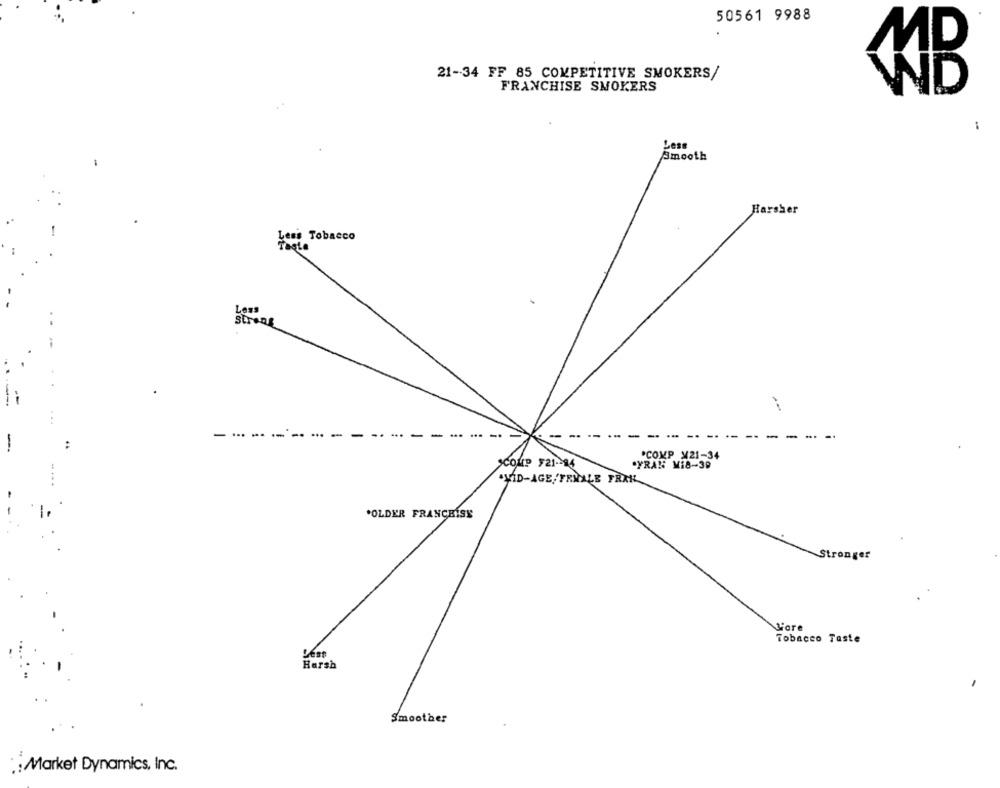
50561 9988
21-34 FF 85 COMPETITIVE SMOKERS/
FRANCHISE SMOKERS
MB
..
Less
Smooth
Harsher
Less Tobacco
Taste
Less
Streng
- ...
-.-. -.
COMP F21 -- 84
. COMP ¥21-34
YRAN: Mi8-39
.VID-AGE. FRMALE FRAK
.OLDER FRANCHISE
Stronger
Liore
Tobacco Taste
Lést
Harsh
Smoother
.: Market Dynamics, Inc.